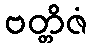
ဗတ္တိဇံ